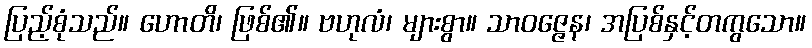
ပြည့်စုံသည်။ ဟောတိ၊ ဖြစ်၏။ ဗဟုလံ၊ များစွာ။ သာဝဇ္ဇေန၊ အပြစ်နှင့်တကွသော။